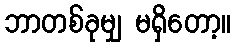
ဘာတစ်ခုမျှ မရှိတော့။